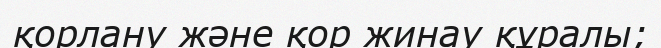
қорлану және қор жинау құралы;